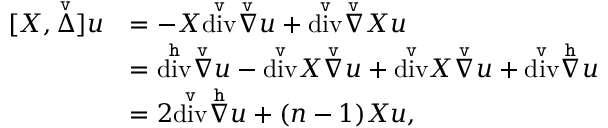
\begin{array} { r l } { [ X , \overset { \mathtt { v } } { \Delta } ] u } & { = - X \overset { \mathtt { v } } { \operatorname { d i v } } \overset { \mathtt { v } } { \nabla } u + \overset { \mathtt { v } } { \operatorname { d i v } } \overset { \mathtt { v } } { \nabla } X u } \\ & { = \overset { \mathtt { h } } { \operatorname { d i v } } \overset { \mathtt { v } } { \nabla } u - \overset { \mathtt { v } } { \operatorname { d i v } } X \overset { \mathtt { v } } { \nabla } u + \overset { \mathtt { v } } { \operatorname { d i v } } X \overset { \mathtt { v } } { \nabla } u + \overset { \mathtt { v } } { \operatorname { d i v } } \overset { \mathtt { h } } { \nabla } u } \\ & { = 2 \overset { \mathtt { v } } { \operatorname { d i v } } \overset { \mathtt { h } } { \nabla } u + ( n - 1 ) X u , } \end{array}